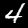
Digit: 4